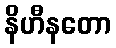
နိဟီနတော